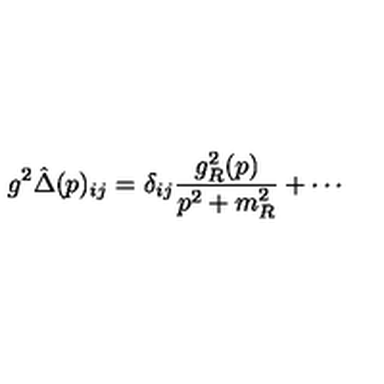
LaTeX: g ^ { 2 } \hat { \Delta } ( p ) _ { i j } = \delta _ { i j } \frac { g _ { R } ^ { 2 } ( p ) } { p ^ { 2 } + m _ { R } ^ { 2 } } + \cdots